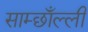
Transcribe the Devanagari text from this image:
साम्छाँल्ली